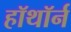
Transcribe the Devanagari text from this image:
हॉथॉर्न